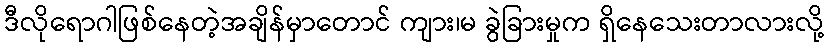
ဒီလိုရောဂါဖြစ်နေတဲ့အချိန်မှာတောင် ကျား၊မ ခွဲခြားမှုက ရှိနေသေးတာလားလို့